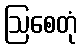
ဩစေတုံ